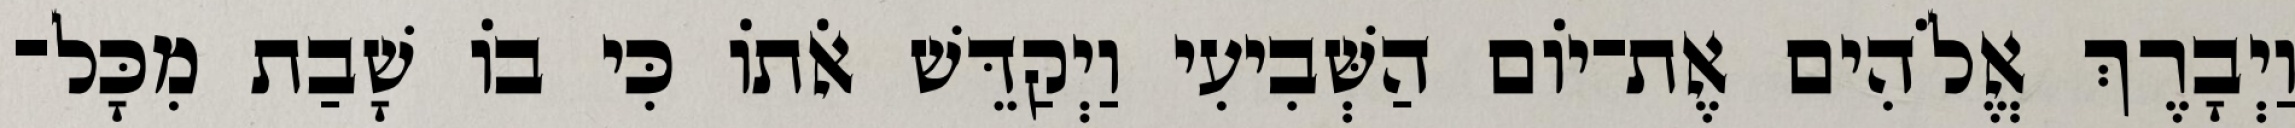
וַיְבָרֶךְ אֱלֹהִים אֶת־יֹום הַשְּׁבִיעִי וַיְקַדֵּשׁ אֹתֹו כִּי בֹו שָׁבַת מִכָּל־